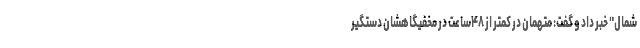
شمال" خبر داد و گفت: متهمان در کمتر از ۴۸ساعت در مخفیگاهشان دستگیر